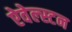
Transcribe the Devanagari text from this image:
ऐवेल्स्टन